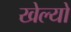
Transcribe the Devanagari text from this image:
खेल्यो